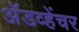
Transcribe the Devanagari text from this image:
अॅडव्हेंचर